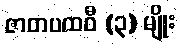
ဇာတပထဝီ (၃) မျိုး